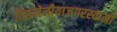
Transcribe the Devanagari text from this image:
तिरूमेनीयाजगरस्वामी